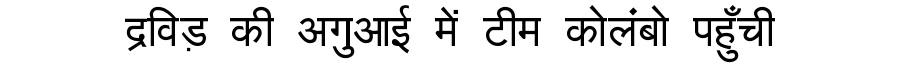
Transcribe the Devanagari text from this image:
द्रविड़ की अगुआई में टीम कोलंबो पहुँची